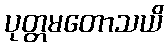
ပုတ္တမတောသယိ